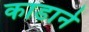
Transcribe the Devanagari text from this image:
काडाने